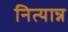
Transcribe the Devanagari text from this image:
नित्यान्न